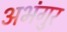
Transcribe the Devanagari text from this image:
अभंगुर